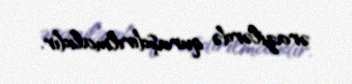
ərazilərdə quraşdırılmalıdır.